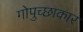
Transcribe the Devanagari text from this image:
गोपुच्छाकार